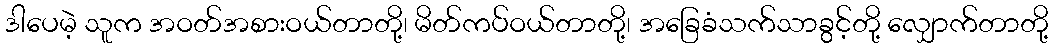
ဒါပေမဲ့ သူက အဝတ်အစားဝယ်တာတို့၊ မိတ်ကပ်ဝယ်တာတို့၊ အခြေခံသက်သာခွင့်တို့ လျှောက်တာတို့